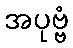
အပုဗ္ဗံ